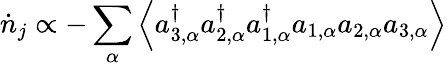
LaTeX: \dot{n}_{j}\propto-\sum_{\alpha}\left\langle a_{3,\alpha}^{\dagger}a_{2,\alpha}^{\dagger}a_{1,\alpha}^{\dagger}a_{1,\alpha}a_{2,\alpha}a_{3,\alpha}\right\rangle